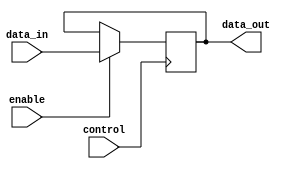
module enable_latch (
    input wire enable,
    input wire control,
    input wire data_in,
    output reg data_out
);

always @(posedge control) begin
    if (enable) begin
        data_out <= data_in;
    end
end

endmodule